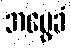
အမွေခံ